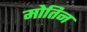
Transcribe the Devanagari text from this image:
मोतिन